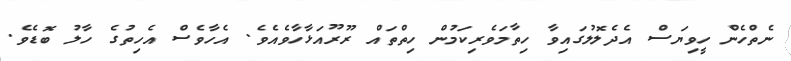
ނެތްހެން ހީވިޔަސް އެދެލޮލުގައިވާ ހިތާމަވެރިކަމުން ހިތްތައް ރޫރޫއަޅާހާވެއެވެ. އެހާވެސް އެހިތުގެ ހާލު ބޮޑެވެ.